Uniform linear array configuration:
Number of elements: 32
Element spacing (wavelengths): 1
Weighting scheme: hamming
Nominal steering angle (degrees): -45
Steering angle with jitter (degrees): -43.929
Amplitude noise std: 0.05
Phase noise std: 0.05

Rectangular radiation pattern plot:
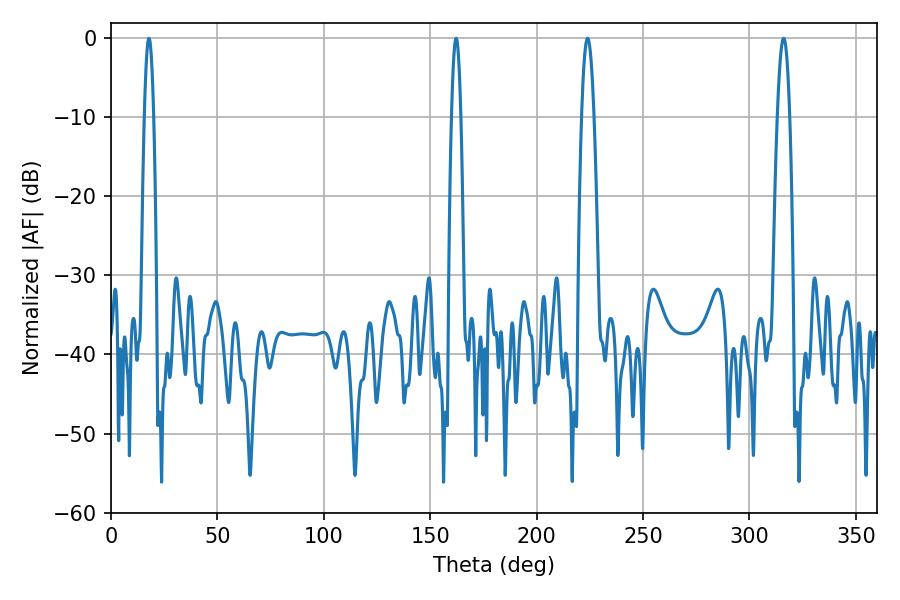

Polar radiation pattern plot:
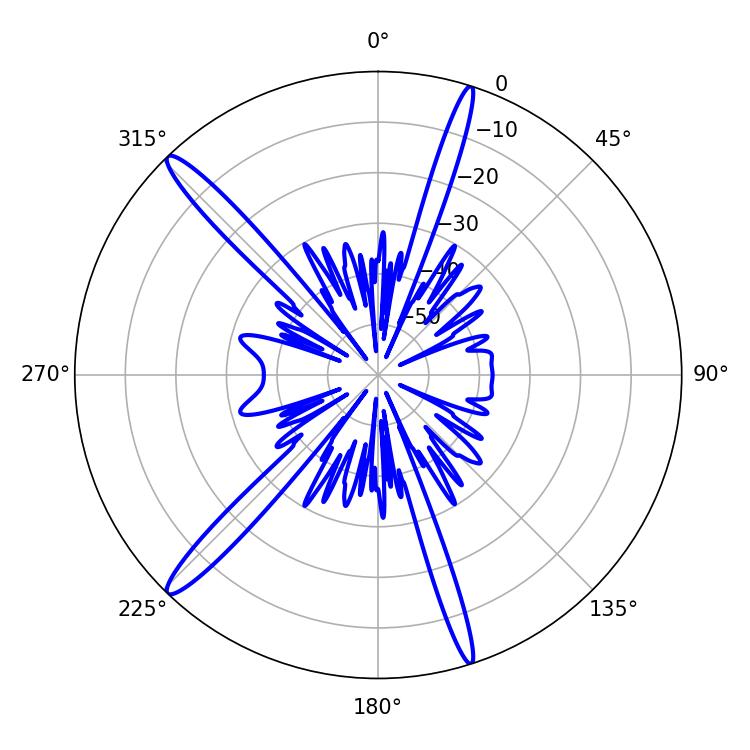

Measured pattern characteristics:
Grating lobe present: TRUE
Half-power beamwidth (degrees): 2.34
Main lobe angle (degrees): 17.82